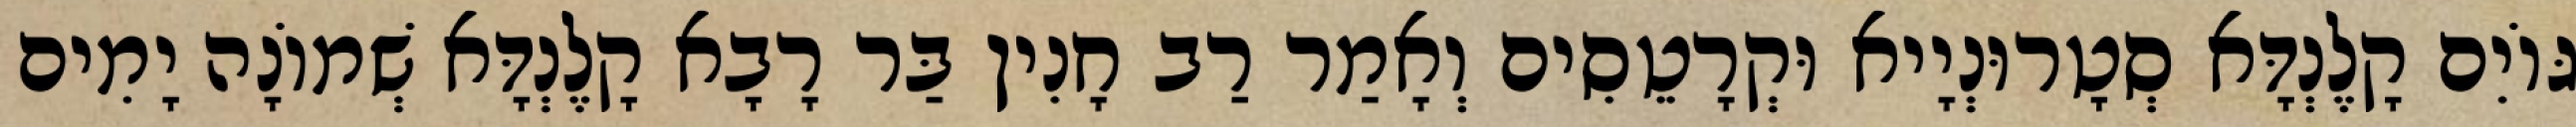
גּוֹיִם קָלֶנְדָּא סְטָרוּנְיָיא וּקְרָטֵסִים וְאָמַר רַב חָנִין בַּר רָבָא קָלֶנְדָּא שְׁמוֹנָה יָמִים